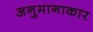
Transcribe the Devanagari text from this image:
अनुमानाकार